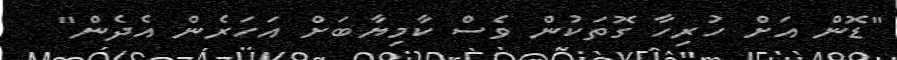
"ޑޮން އަށް ހުރިހާ ގޮތަކުން ވެސް ކާމިޔާބަށް އަހަރެން އެދެން"